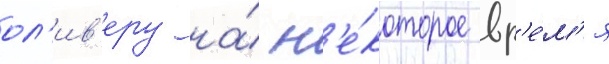
ол'ив'еру на́ н'е́которое вр'е́м'я